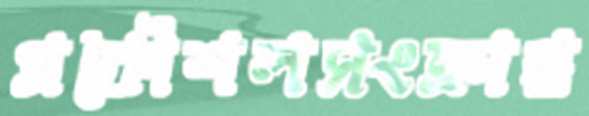
প্রকৌশলসংক্রান্ত